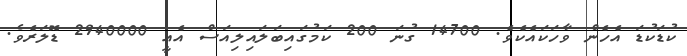
ކުޑަކުޑަ އެހެން ވާހަކައެކެވެ. 14700 ގުނަ 200 ކަމުގައިބަލައިލިއަސް އެއީ 2940000 ޑޮލަރެވެ.